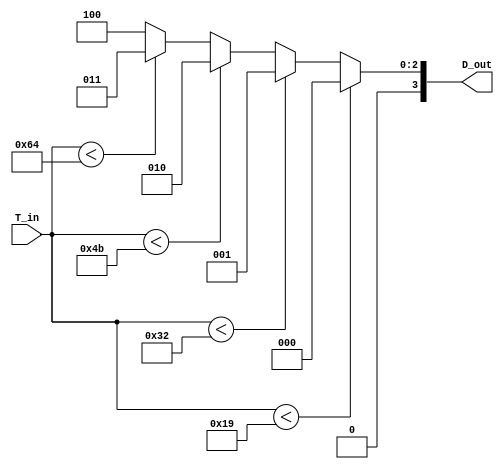
module thermal_encoder (
    input wire [7:0] T_in, // 8-bit input representing the analog temperature signal
    output reg [3:0] D_out // 4-bit digital output
);
    
    // Reference temperatures (0C to 100C represented as 8-bit values)
    parameter REF_25C = 8'd25;
    parameter REF_50C = 8'd50;
    parameter REF_75C = 8'd75;
    parameter REF_100C = 8'd100;

    always @(*) begin
        // Default output
        D_out = 4'b0000; 

        // Comparator logic to determine the temperature range
        if (T_in < REF_25C) begin
            D_out = 4'b0000; // 0C to 24C
        end else if (T_in < REF_50C) begin
            D_out = 4'b0001; // 25C to 49C
        end else if (T_in < REF_75C) begin
            D_out = 4'b0010; // 50C to 74C
        end else if (T_in < REF_100C) begin
            D_out = 4'b0011; // 75C to 99C
        end else begin
            D_out = 4'b0100; // 100C and above
        end
    end

endmodule